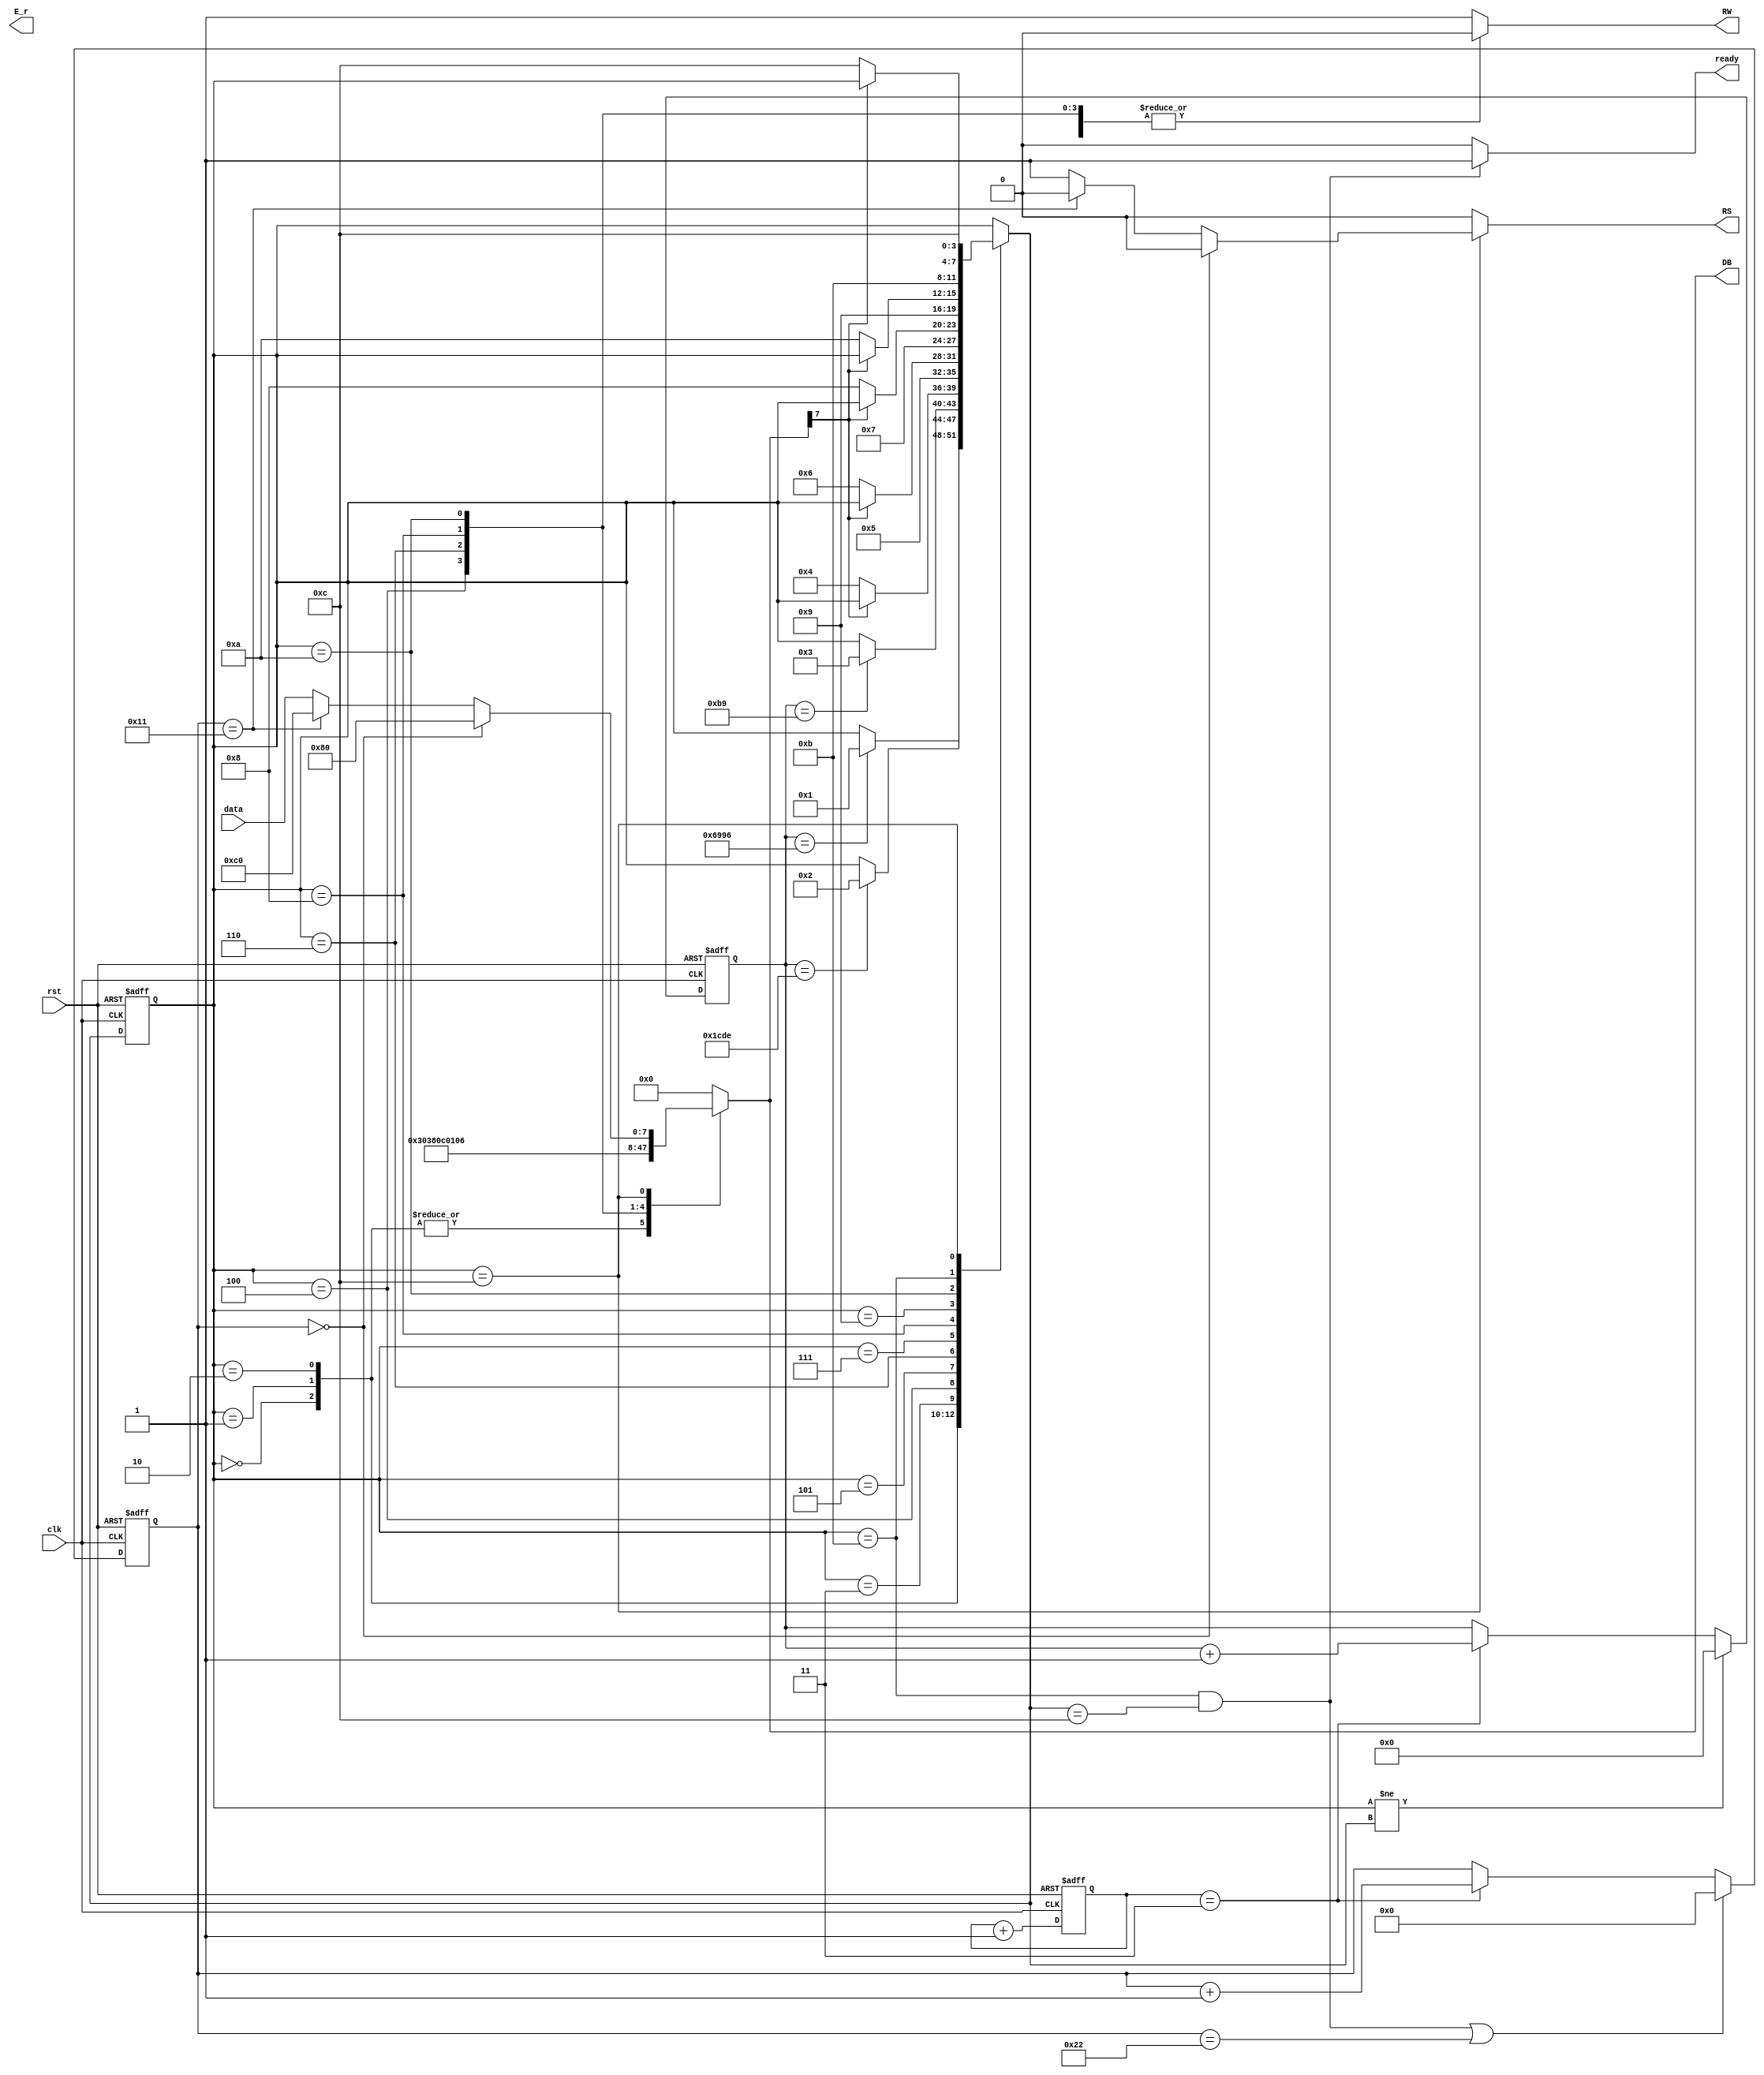
module lcd(rst, clk, RS, RW, DB, E_r, data, ready);

	input rst, clk;     //clk is 5M
	input [7:0] data;
	output RS, RW, E_r;
	output [7:0] DB;
	output ready;

	reg  RS, RW;
	reg  [7:0] DB;
	reg  E_r, E_w;

	reg  [3:0] state_r, state_w;
	reg  [5:0] step_r;
	wire [5:0] step_w;
	reg  [15:0] counter_r;
    wire [15:0] counter_w;
    reg  [1:0] count_r;    //one cycle 500ns
    wire [1:0] count_w;

	parameter S_WAIT1 = 4'd0;
    parameter S_WAIT2 = 4'd1;
    parameter S_WAIT3 = 4'd2;
    parameter S_BF1   = 4'd3 ;
	parameter S_FNSET = 4'd4 ;
    parameter S_BF2   = 4'd5 ;
	parameter S_DPON  = 4'd6 ;
    parameter S_BF3   = 4'd7 ;
	parameter S_DPCLR = 4'd8 ;
    parameter S_BF4   = 4'd9 ;
	parameter S_EMSET = 4'd10;
    parameter S_BF5   = 4'd11;
	parameter S_WRITE = 4'd12;

	assign count_w = count_r + 2'd1;

	always@(*) begin
		state_w = state_r;
		case(state_r)
			S_WAIT1:
				if(counter_r == 16'd27030) state_w = S_WAIT2;
            S_WAIT2:
				if(counter_r == 16'd7390) state_w = S_WAIT3;
            S_WAIT3:
				if(counter_r == 16'd185) state_w = S_BF1;
            S_BF1:
                if(DB[7] == 0) state_w = S_FNSET;
			S_FNSET:
				state_w = S_BF2;
            S_BF2:
                if(DB[7] == 0) state_w = S_DPON;
			S_DPON:
				state_w = S_BF3;
            S_BF3:
                if(DB[7] == 0) state_w = S_DPCLR;
			S_DPCLR:
				state_w = S_BF4;
            S_BF4:
                if(DB[7] == 0) state_w = S_EMSET;
			S_EMSET:
				state_w = S_BF5;
            S_BF5:
                if(DB[7] == 0) state_w = S_WRITE;
			S_WRITE:
                state_w = S_WRITE;
		endcase
	end

	//assign E = (counter_r == 9'd0 || state_r == S_WRITE)? ((count_r == 2'd0 || count_r == 2'd2)? ~E: E) : 1'b0;
	always@(*) begin
		E_w = 1'b0;
		if( (counter_r == 9'd0 || state_r == S_WRITE) && (count_r == 2'd0 || count_r == 2'd1) ) begin
			E_w = 1'b1;
		end
	end

	assign counter_w = (state_r != state_w)? 9'd0: (count_r == 2'd3)? counter_r + 9'd1: counter_r;
	assign step_w = ((state_r == S_BF5 && state_w == S_WRITE) || step_r == 6'd34)? 6'd0: (count_r == 2'd3)? step_r+6'd1: step_r;
	assign ready = (state_r == S_BF5 && state_w == S_WRITE)? 1'b1: 1'b0;

    
	always@(*) begin
		RS = 1'b0;
		RW = 1'b0;
		DB = 8'b0000_0000;
		case(state_r)
			S_WAIT1: begin
				RS = 1'b0;
				RW = 1'b0;
				DB = 8'b0011_0000;
			end
            S_WAIT2: begin
				RS = 1'b0;
				RW = 1'b0;
				DB = 8'b0011_0000;
			end
            S_WAIT3: begin
				RS = 1'b0;
				RW = 1'b0;
				DB = 8'b0011_0000;
			end
			S_FNSET: begin
				RS = 1'b0;
				RW = 1'b0;
				DB = 8'b0011_1000;
			end
			S_DPON: begin
				RS = 1'b0;
				RW = 1'b0;
				DB = 8'b0000_1100;
			end
			S_DPCLR: begin
				RS = 1'b0;
				RW = 1'b0;
				DB = 8'b0000_0001;
			end
			S_EMSET: begin
				RS = 1'b0;
				RW = 1'b0;
				DB = 8'b0000_0110;
			end
			S_WRITE: begin
				if(step_r == 6'd0) begin
					RS = 1'b0;
					RW = 1'b0;
					DB = 8'b1000_0000;
				end
				else if(step_r == 6'd17) begin
					RS = 1'b0;
					RW = 1'b0;
					DB = 8'b1100_0000;
				end
				else begin
					RS = 1'b1;
					RW = 1'b0;
					DB = data;
				end
			end
            default: begin   // BF check
                RS = 1'b0;
                RW = 1'b1;
                //DB[7] = 1'bz;
            end
		endcase
	end

	always@(posedge clk, negedge rst) begin
		if(rst == 1'b0) begin
			counter_r <= 9'd0;
			state_r   <= S_WAIT1;
			step_r    <= 6'd0;
			count_r   <= 2'd0;
		end
		else begin
			counter_r <= counter_w;
			state_r   <= state_w;
			step_r    <= step_w;
			count_r   <= count_w;
		end
	end

endmodule